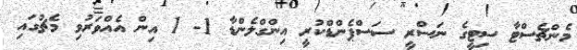
މެންޗެސްޓާ ސިޓީގެ ނަސްރީ ސަސްޕެންޑްކުރީ އިންގްލެންޑާ 1- 1 އިން އެއްވަރުވި މެޗުގައި